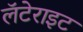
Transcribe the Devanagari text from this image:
लॅटेराइट